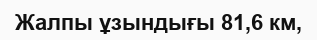
Жалпы ұзындығы 81,6 км,